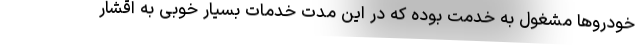
خودروها مشغول به خدمت بوده که در این مدت خدمات بسیار خوبی به اقشار